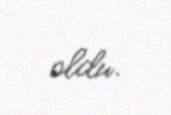
oldu.